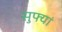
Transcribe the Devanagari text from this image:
सुफ्यां